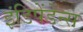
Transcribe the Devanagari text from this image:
इंडिपेंडेन्स